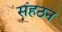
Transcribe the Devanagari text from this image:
संहठन